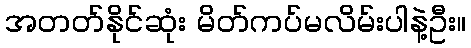
အတတ်နိုင်ဆုံး မိတ်ကပ်မလိမ်းပါနဲ့ဦး။